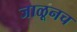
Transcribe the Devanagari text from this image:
जाळूनच